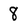
Character: 8